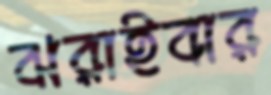
ঝরাইবার